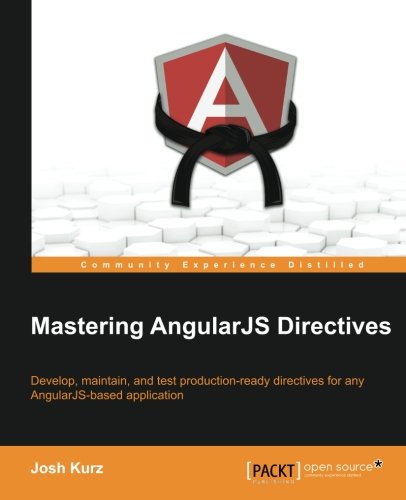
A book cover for Mastering AngularJS Directives; Josh Kurz; Computers & Technology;